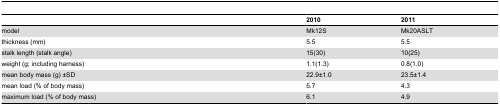
<table><thead><tr><td></td><td><b>2010</b></td><td><b>2011</b></td></tr></thead><tbody><tr><td>model</td><td>Mk12S</td><td>Mk20ASLT</td></tr><tr><td>thickness (mm)</td><td>5.5</td><td>5.5</td></tr><tr><td>stalk length (stalk angle)</td><td>15(30)</td><td>10(25)</td></tr><tr><td>weight (g; including harness)</td><td>1.1(1.3)</td><td>0.8(1.0)</td></tr><tr><td>mean body mass (g) ±SD</td><td>22.9±1.0</td><td>23.5±1.4</td></tr><tr><td>mean load (% of body mass)</td><td>5.7</td><td>4.3</td></tr><tr><td>maximum load (% of body mass)</td><td>6.1</td><td>4.9</td></tr></tbody></table>